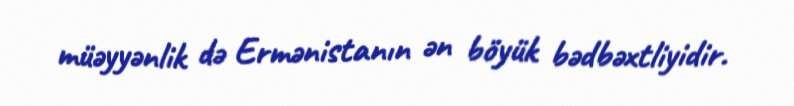
müəyyənlik də Ermənistanın ən böyük bədbəxtliyidir.